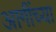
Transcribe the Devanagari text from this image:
आगींच्या